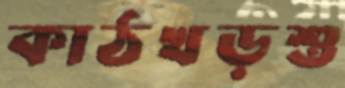
কাঠখড়শু